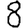
Digit: 8